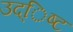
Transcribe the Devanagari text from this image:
उद्िष्ट